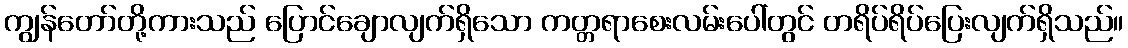
ကျွန်တော်တို့ကားသည် ပြောင်ချောလျက်ရှိသော ကတ္တရာစေးလမ်းပေါ်တွင် တရိပ်ရိပ်ပြေးလျက်ရှိသည်။